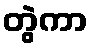
တွဲကာ